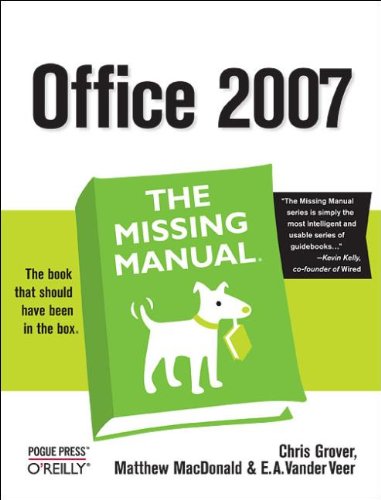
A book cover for Office 2007: The Missing Manual; Chris Grover; Computers & Technology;